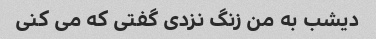
دیشب به من زنگ نزدی گفتی که می کنی